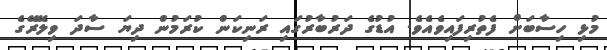
މުޅި ހިސާބަށް ފެތުރިފައިވެއެވެ. އުޑުގެ ދަރުބާރުގައި ރަނިކަން ކުރަމުން ދިޔަ ސާދަ ވިލޭރޭގެ